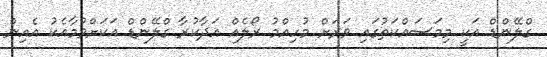
ގްލޭންޑް އަކީ މިމަސައްކަތުގައި ވަރަށް މުހިއްމު ރޯލެއް އަދާކުރާ ގްލޭންޑް އަކަށްވުމާއެކު އެއިން